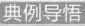
典例导悟 列